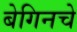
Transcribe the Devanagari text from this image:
बेगिनचे